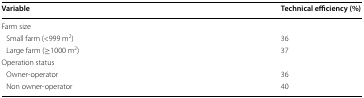
<table><thead><tr><td><b>Variable</b></td><td><b>Technical efficiency (%)</b></td></tr></thead><tbody><tr><td colspan="2">Farm size</td></tr><tr><td> Small farm (&lt;999 m<sup>2</sup>)</td><td>36</td></tr><tr><td> Large farm (≥1000 m<sup>2</sup>)</td><td>37</td></tr><tr><td colspan="2">Operation status</td></tr><tr><td> Owner-operator</td><td>36</td></tr><tr><td> Non owner-operator</td><td>40</td></tr></tbody></table>